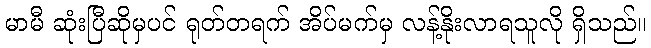
မာမီ ဆုံးပြီဆိုမှပင် ရုတ်တရက် အိပ်မက်မှ လန့်နိုးလာရသူလို ရှိသည်။